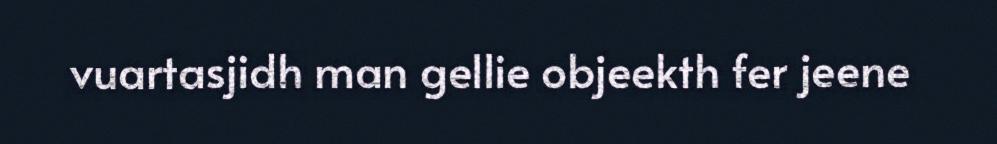
vuartasjidh man gellie objeekth fer jeene